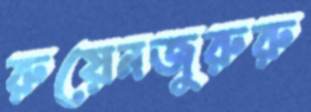
রুয়েনজুরুরু